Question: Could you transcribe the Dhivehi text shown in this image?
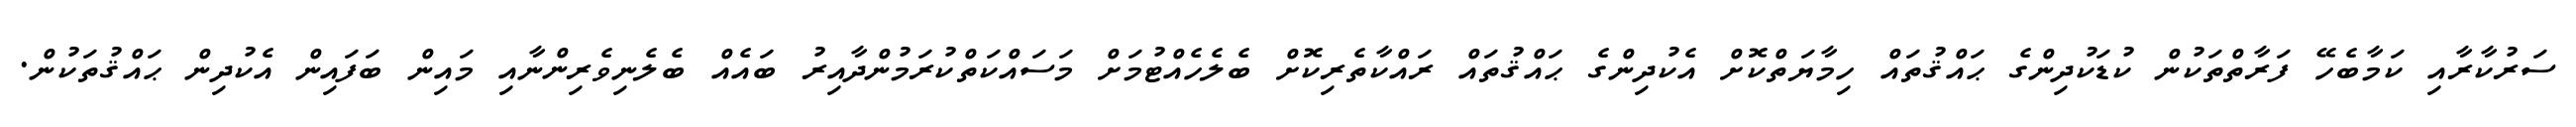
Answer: ސަރުކާރާއި ކަމާބެހޭ ފަރާތްތަކުން ކުޑަކުދިންގެ ޙައްޤުތައް ހިމާޔަތްކޮށް އެކުދިންގެ ޙައްޤުތައް ރައްކާތެރިކޮށް ބެލެހެއްޓުމަށް މަސައްކަތްކުރަމުންދާއިރު ބައެއް ބެލެނިވެރިންނާއި މައިން ބަފައިން އެކުދިން ޙައްޤުތަކުން.